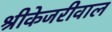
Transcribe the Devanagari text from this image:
श्रीकेजरीवाल